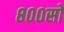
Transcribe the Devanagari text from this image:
८००सो